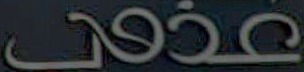
عذوبي